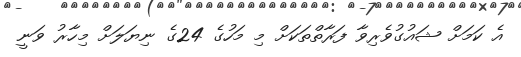
އެ ކަމަށް ޝައުގުވެރިވާ ފަރާތްތަކަށް މި މަހުގެ 24ގެ ނިޔަލަށް މިހާރު ވަނީ